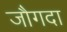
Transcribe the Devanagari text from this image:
जौगदा